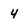
Character: 4